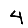
Digit: 4